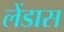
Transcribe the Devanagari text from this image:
लेंडास